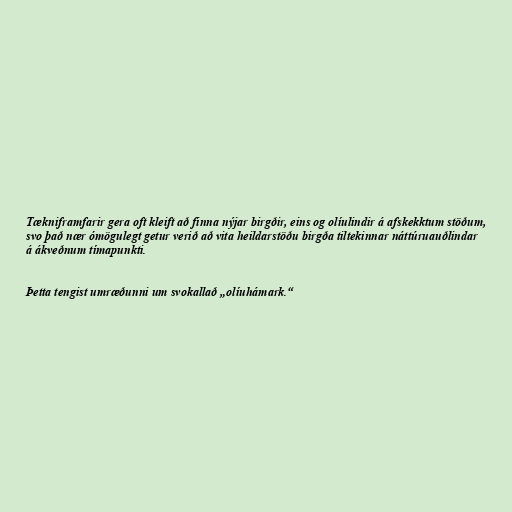
Tækniframfarir gera oft kleift að finna nýjar birgðir, eins og olíulindir á afskekktum stöðum,
svo það nær ómögulegt getur verið að vita heildarstöðu birgða tiltekinnar náttúruauðlindar
á ákveðnum tímapunkti.

Þetta tengist umræðunni um svokallað „olíuhámark.“